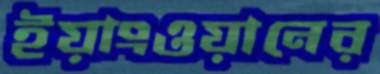
ইয়াংওয়ানের